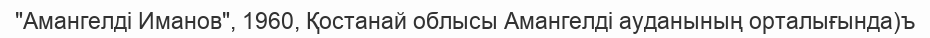
"Амангелді Иманов", 1960, Қостанай облысы Амангелді ауданының орталығында)ъ